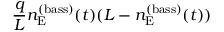
\frac { q } { L } n _ { \mathrm { E } } ^ { ( \mathrm { b a s s } ) } ( t ) ( L - n _ { \mathrm { E } } ^ { ( \mathrm { b a s s } ) } ( t ) )